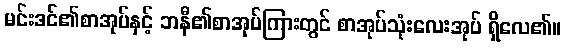
မင်းဒင်၏စာအုပ်နှင့် ဘနီ၏စာအုပ်ကြားတွင် စာအုပ်သုံးလေးအုပ် ရှိလေ၏။